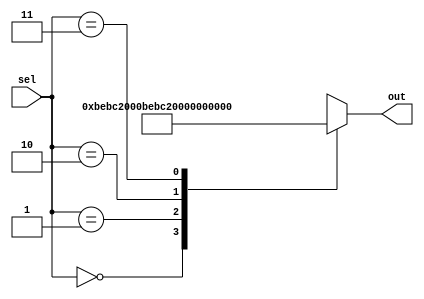
module parLoad(input [1:0] sel, output reg [32:0] out);
always@(*)
begin
	case(sel)
		2'b00: out = 0;
		2'b01: out = 50000000;
		2'b10: out = 100000000;
		2'b11: out = 200000000;
		default: out = 2'bx;
	endcase
end
endmodule
//took 3 zeros off thing to test